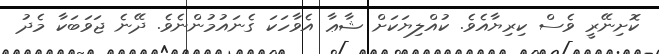
ކޮށިނޭރީ ވެސް ކިރިޔާއެވެ. ކުއްލިޔަކަށް ޝާޢާ އެވާހަކަ ގެނައުމުންނެވެ. ދޭނެ ޖަވަބަކާ މެދު